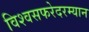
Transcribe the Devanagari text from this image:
विश्वसफरेदरम्यान